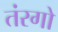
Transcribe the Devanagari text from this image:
तंरगो